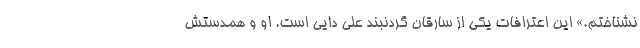
نشناختم.» این اعترافات یکی از سارقان گردنبند علی دایی است. او و همدستش